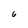
Character: 6